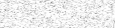
- .